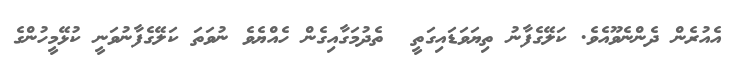
އެއުރެން ދެންނެވޫއެވެ. ކަލޭގެފާނު ތިޔަވަޑައިގަތީ  ތެދުމަގާއިގެން ހެއްޔެވެ ނުވަތަ ކަލޭގެފާނުވަނީ ކުޅޭމީހުންގެ